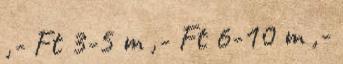
,- Ft 3-5 m ,- Ft 6-10 m ,-